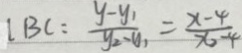
l B C = \frac { y - y _ { 1 } } { y _ { 2 } - y _ { 1 } } = \frac { x - 4 } { x _ { 2 } - 4 }